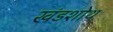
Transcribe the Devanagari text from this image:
खंडशोथ